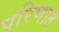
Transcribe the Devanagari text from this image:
परिणात